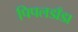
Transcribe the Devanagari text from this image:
पिपलडाँडा